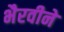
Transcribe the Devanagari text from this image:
भैरवीने